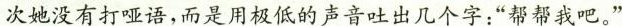
次她没有打哑语，而是用极低的声音吐出几个字：”帮帮我吧。”